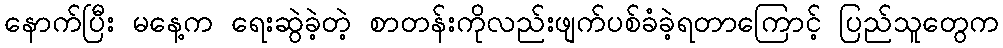
နောက်ပြီး မနေ့က ရေးဆွဲခဲ့တဲ့ စာတန်းကိုလည်းဖျက်ပစ်ခံခဲ့ရတာကြောင့် ပြည်သူတွေက